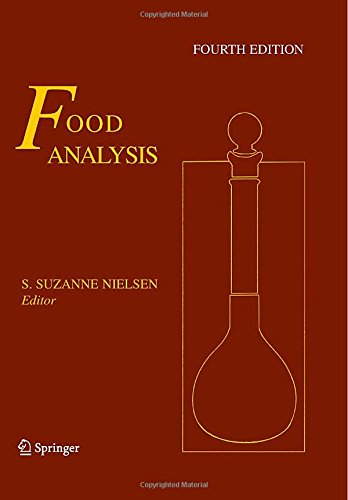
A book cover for Food Analysis (Food Science Text Series); Science & Math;